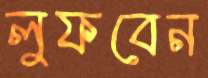
লুফবেন